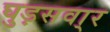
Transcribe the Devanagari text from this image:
घुड़सवा्र